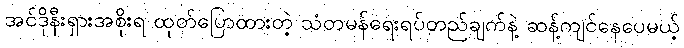
အင်ဒိုနီးရှားအစိုးရ ထုတ်ပြောထားတဲ့ သံတမန်ရေးရပ်တည်ချက်နဲ့ ဆန့်ကျင်နေပေမယ့်